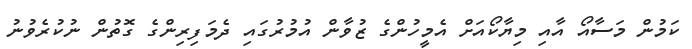
ކަމުން މަސާއޯ އާއި މިޔާކޯއަށް އެމީހުންގެ ޒުވާން އުމުރުގައި ދެމަފިރިންގެ ގޮތުން ނުކުރެވުނު